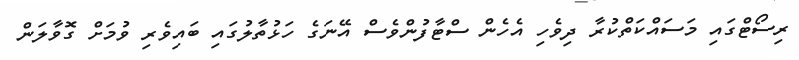
ރިސޯޓްގައި މަސައްކަތްކުރާ ދިވެހި އެހެން ސްޓާފުންވެސް އޭނަގެ ހަޅުތާލުގައި ބައިވެރި ވުމަށް ގޮވާލަން